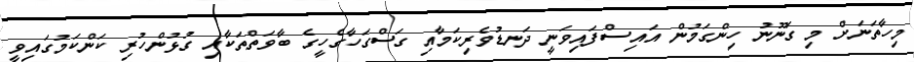
މިހާތަނަށް މި ގަނޫނު ހިންގަމުން އައިސްފައިވަނީ ދަނޑުވެރިކަމާއި ގަސްގަހާގެހީގެ ބާވަތްތަކާއި ގުޅުންހުރި ކަންކަމުގައިވީ